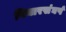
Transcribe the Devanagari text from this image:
विचारसंघर्ष